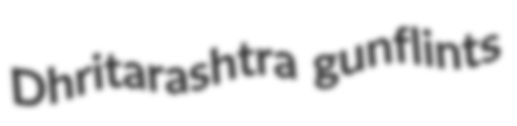
Dhritarashtra gunflints